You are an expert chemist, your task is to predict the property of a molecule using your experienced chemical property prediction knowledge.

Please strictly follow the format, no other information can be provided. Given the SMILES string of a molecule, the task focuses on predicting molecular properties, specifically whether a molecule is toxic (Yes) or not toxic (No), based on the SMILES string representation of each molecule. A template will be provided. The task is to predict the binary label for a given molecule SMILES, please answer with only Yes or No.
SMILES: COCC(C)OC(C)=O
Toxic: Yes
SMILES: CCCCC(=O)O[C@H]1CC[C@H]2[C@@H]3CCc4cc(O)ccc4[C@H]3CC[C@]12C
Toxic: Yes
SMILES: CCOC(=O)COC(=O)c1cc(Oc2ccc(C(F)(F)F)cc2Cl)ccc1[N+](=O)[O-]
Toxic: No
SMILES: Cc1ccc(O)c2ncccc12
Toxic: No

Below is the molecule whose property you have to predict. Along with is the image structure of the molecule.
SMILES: O=S1OCC2C(CO1)C1(Cl)C(Cl)=C(Cl)C2(Cl)C1(Cl)Cl
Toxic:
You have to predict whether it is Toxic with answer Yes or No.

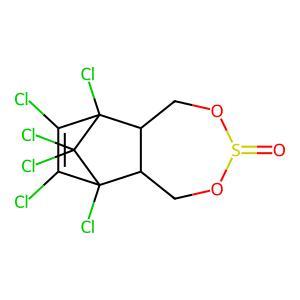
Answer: No